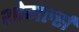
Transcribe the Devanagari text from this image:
शोगर्ल्स